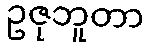
ဥဇုဘူတာ